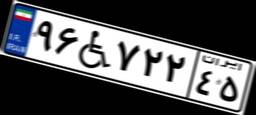
۹۶W۷۲۲۴۵